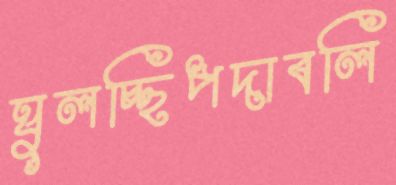
ঘুলচ্ছিপদাবলি